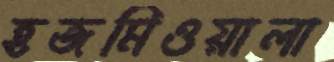
হজমিওয়ালা